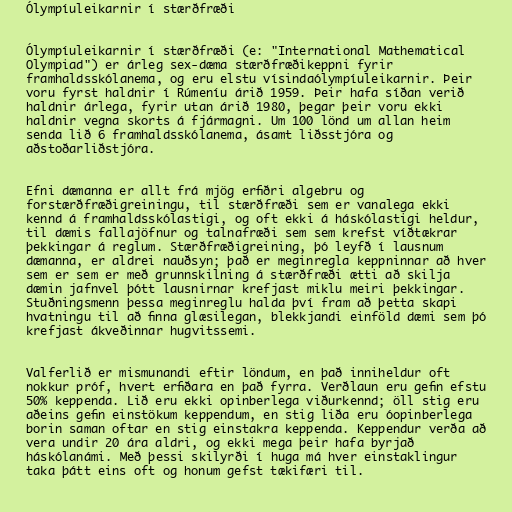
Ólympíuleikarnir í stærðfræði

Ólympíuleikarnir í stærðfræði (e: "International Mathematical
Olympiad") er árleg sex-dæma stærðfræðikeppni fyrir
framhaldsskólanema, og eru elstu vísindaólympíuleikarnir. Þeir
voru fyrst haldnir í Rúmeníu árið 1959. Þeir hafa síðan verið
haldnir árlega, fyrir utan árið 1980, þegar þeir voru ekki
haldnir vegna skorts á fjármagni. Um 100 lönd um allan heim
senda lið 6 framhaldsskólanema, ásamt liðsstjóra og
aðstoðarliðstjóra.

Efni dæmanna er allt frá mjög erfiðri algebru og
forstærðfræðigreiningu, til stærðfræði sem er vanalega ekki
kennd á framhaldsskólastigi, og oft ekki á háskólastigi heldur,
til dæmis fallajöfnur og talnafræði sem sem krefst víðtækrar
þekkingar á reglum. Stærðfræðigreining, þó leyfð í lausnum
dæmanna, er aldrei nauðsyn; það er meginregla keppninnar að hver
sem er sem er með grunnskilning á stærðfræði ætti að skilja
dæmin jafnvel þótt lausnirnar krefjast miklu meiri þekkingar.
Stuðningsmenn þessa meginreglu halda því fram að þetta skapi
hvatningu til að finna glæsilegan, blekkjandi einföld dæmi sem þó
krefjast ákveðinnar hugvitssemi.

Valferlið er mismunandi eftir löndum, en það inniheldur oft
nokkur próf, hvert erfiðara en það fyrra. Verðlaun eru gefin efstu
50% keppenda. Lið eru ekki opinberlega viðurkennd; öll stig eru
aðeins gefin einstökum keppendum, en stig liða eru óopinberlega
borin saman oftar en stig einstakra keppenda. Keppendur verða að
vera undir 20 ára aldri, og ekki mega þeir hafa byrjað
háskólanámi. Með þessi skilyrði í huga má hver einstaklingur
taka þátt eins oft og honum gefst tækifæri til.